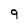
Character: 9